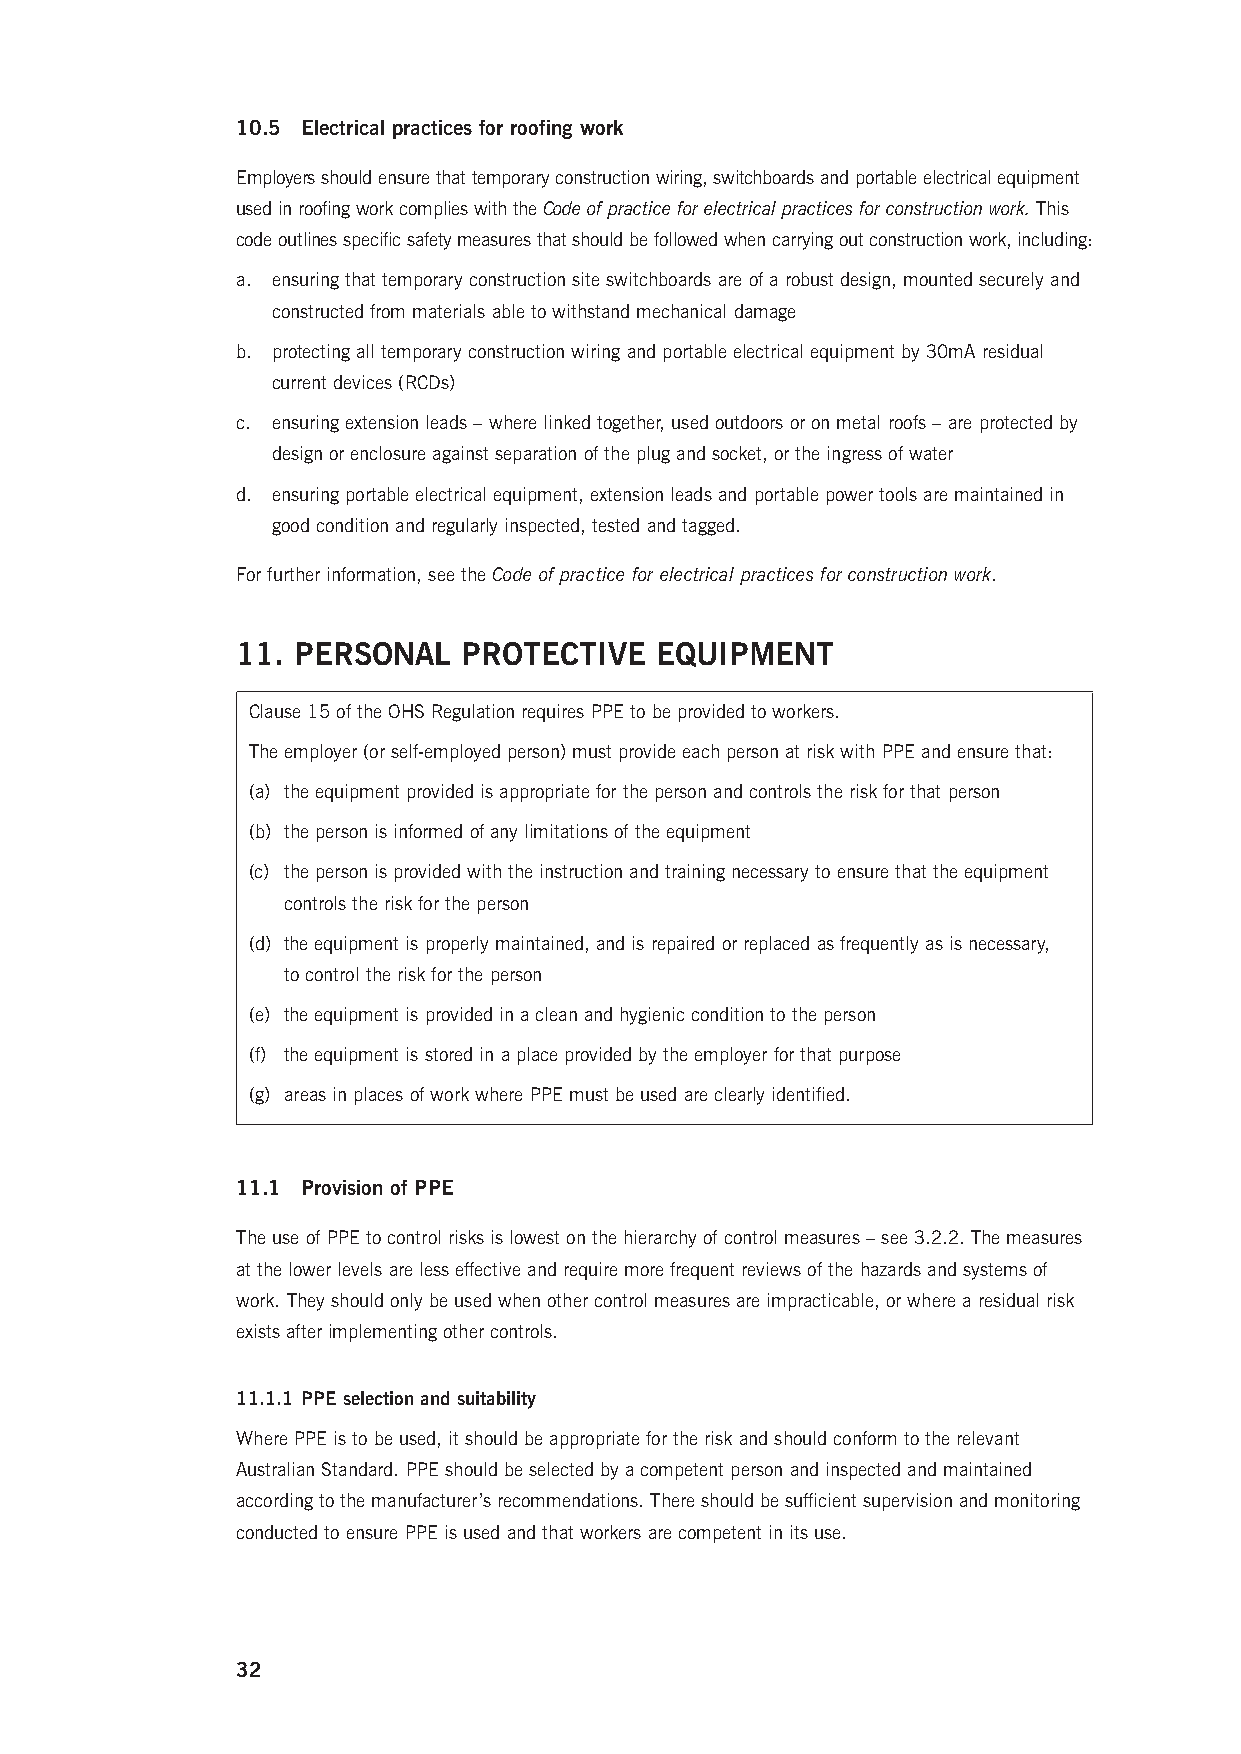
10.5 Electrical practices for roofing work
 Employers should ensure that temporary construction wiring, switchboards and portable electrical equipment
 used in roofing work complies with the Code of practice for electrical practices for construction work. This
 code outlines specific safety measures that should be followed when carrying out construction work, including:
 a. ensuring that temporary construction site switchboards are of a robust design, mounted securely and
 constructed from materials able to withstand mechanical damage
 b. protecting all temporary construction wiring and portable electrical equipment by 30mA residual
 current devices (RCDs)
 c. ensuring extension leads – where linked together, used outdoors or on metal roofs – are protected by
 design or enclosure against separation of the plug and socket, or the ingress of water
 d. ensuring portable electrical equipment, extension leads and portable power tools are maintained in
 good condition and regularly inspected, tested and tagged.
 For further information, see the Code of practice for electrical practices for construction work.
 11. PERSONAL   PROTECTIVE  EQUIPMENT
 Clause 15 of the OHS Regulation requires PPE to be provided to workers.
 The employer (or self-employed person) must provide each person at risk with PPE and ensure that:
 (a) the equipment provided is appropriate for the person and controls the risk for that person
 (b) the person is informed of any limitations of the equipment
 (c) the person is provided with the instruction and training necessary to ensure that the equipment
 controls the risk for the person
 (d) the equipment is properly maintained, and is repaired or replaced as frequently as is necessary,
 to control the risk for the person
 (e) the equipment is provided in a clean and hygienic condition to the person
 (f) the equipment is stored in a place provided by the employer for that purpose
 (g) areas in places of work where PPE must be used are clearly identified.
 11.1 Provision of PPE
 The use of PPE to control risks is lowest on the hierarchy of control measures – see 3.2.2. The measures
 at the lower levels are less effective and require more frequent reviews of the hazards and systems of
 work. They should only be used when other control measures are impracticable, or where a residual risk
 exists after implementing other controls.
 11.1.1 PPE selection and suitability
 Where PPE is to be used, it should be appropriate for the risk and should conform to the relevant
 Australian Standard. PPE should be selected by a competent person and inspected and maintained
 according to the manufacturer’s recommendations. There should be sufficient supervision and monitoring
 conducted to ensure PPE is used and that workers are competent in its use.
 32